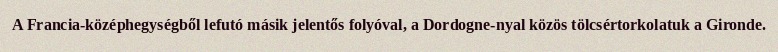
A Francia-középhegységből lefutó másik jelentős folyóval, a Dordogne-nyal közös tölcsértorkolatuk a Gironde.